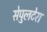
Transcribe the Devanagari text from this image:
सेपुलटेरा